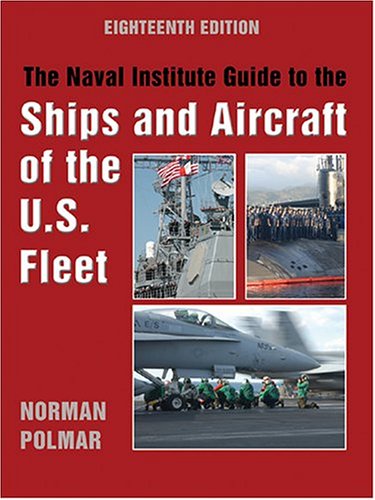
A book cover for Naval Institute Guide to the Ships and Aircraft of the U.S. Fleet, 18th Edition; Norman Polmar; Arts & Photography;